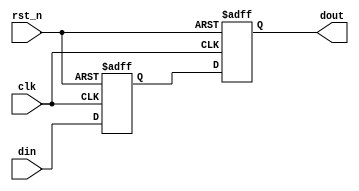
module LTZ_CDCB #(
    parameter                WIDTH   = 1,
    parameter  [WIDTH -1:0]  INITVAL = {WIDTH{1'b0}}
) (
    input                    rst_n ,
    input                    clk   ,
    input      [WIDTH -1:0]  din   ,
    output reg [WIDTH -1:0]  dout
);

reg  [WIDTH -1:0]  buff;

always @(posedge clk or negedge rst_n)
  if (!rst_n)
    {dout, buff} <= {INITVAL, INITVAL};
  else
    {dout, buff} <= {buff, din};

//
endmodule